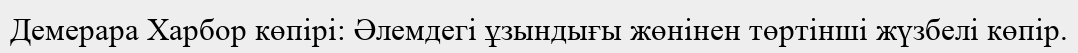
Демерара Харбор көпірі: Әлемдегі ұзындығы жөнінен төртінші жүзбелі көпір.